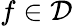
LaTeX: f\in\mathcal D